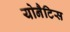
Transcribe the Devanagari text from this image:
योनैटिस